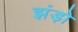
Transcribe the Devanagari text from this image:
झंड़ो